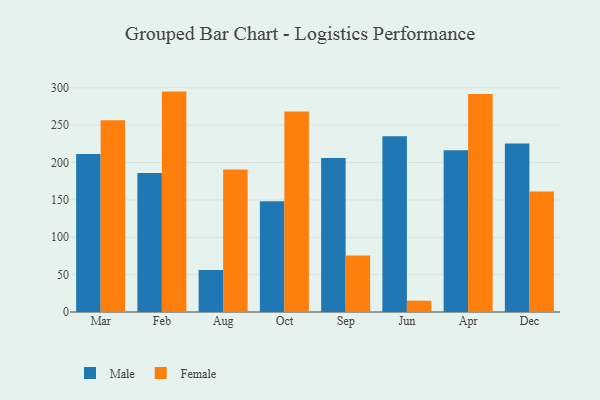
{"axis": {"x": "Month", "y": "Backlog"}, "legend": ["Female", "Male"], "data": [{"x": "Mar", "y": 211.5, "type": "Male"}, {"x": "Mar", "y": 256.8, "type": "Female"}, {"x": "Feb", "y": 186.0, "type": "Male"}, {"x": "Feb", "y": 295.0, "type": "Female"}, {"x": "Aug", "y": 56.2, "type": "Male"}, {"x": "Aug", "y": 190.6, "type": "Female"}, {"x": "Oct", "y": 148.1, "type": "Male"}, {"x": "Oct", "y": 268.2, "type": "Female"}, {"x": "Sep", "y": 206.2, "type": "Male"}, {"x": "Sep", "y": 75.5, "type": "Female"}, {"x": "Jun", "y": 235.3, "type": "Male"}, {"x": "Jun", "y": 15.1, "type": "Female"}, {"x": "Apr", "y": 216.5, "type": "Male"}, {"x": "Apr", "y": 291.7, "type": "Female"}, {"x": "Dec", "y": 225.4, "type": "Male"}, {"x": "Dec", "y": 161.2, "type": "Female"}]}